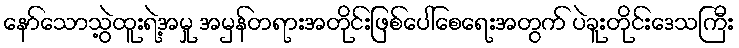
နော်သောသွဲ့ထူးရဲ့အမှု အမှန်တရားအတိုင်းဖြစ်ပေါ်စေရေးအတွက် ပဲခူးတိုင်းဒေသကြီး